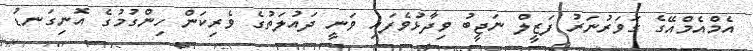
އެމްއެމްއޭގެ ގަވަރުނަރު ފަޒީލް ނަޖީބު ވިދާޅުވެފައި ވަނީ ދައުލަތުގެ ވެރިކަން ހިންގުމުގެ އޮނިގަނޑު